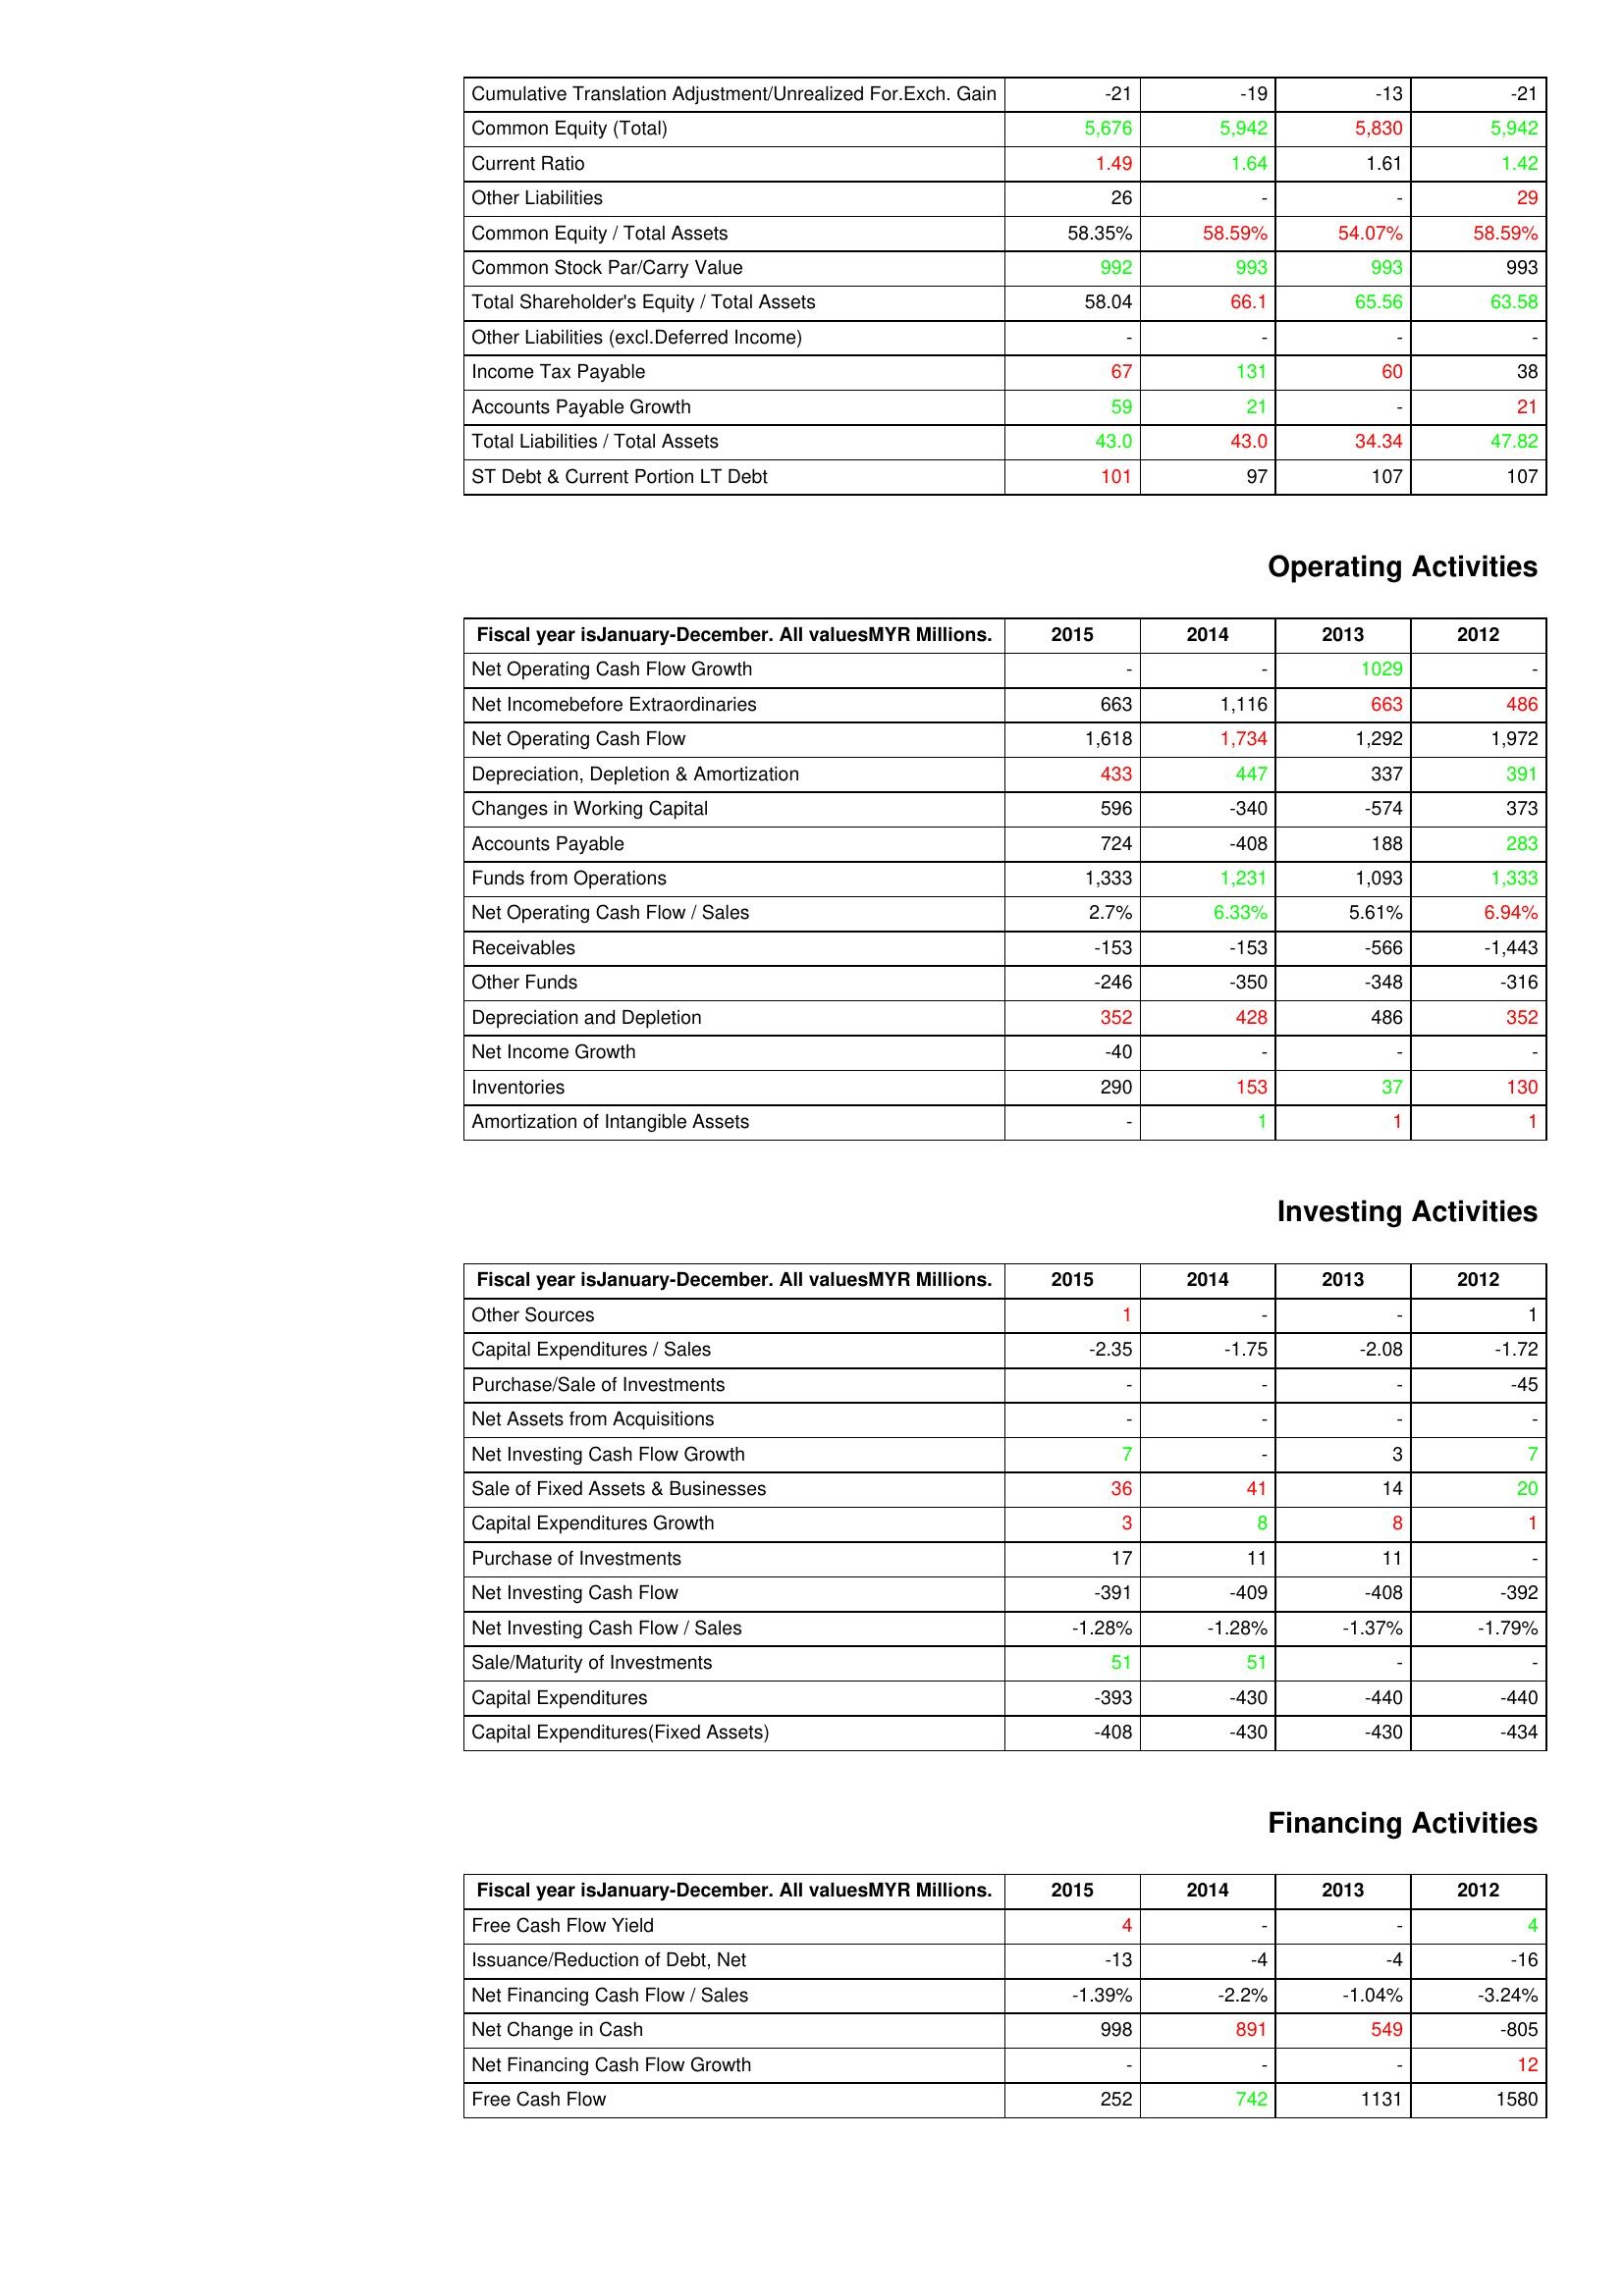
gt_parse: 2015: Liabilities & Shareholder's Equity: Cumulative Translation Adjustment/Unrealized For.Exch. Gain: -21
Common Equity (Total): 5,676
Current Ratio: 1.49
Other Liabilities: 26
Common Equity / Total Assets: 58.35%
Common Stock Par/Carry Value: 992
Total Shareholder's Equity / Total Assets: 58.04
Other Liabilities (excl.Deferred Income): -
Income Tax Payable: 67
Accounts Payable Growth: 59
Total Liabilities / Total Assets: 43.0
ST Debt & Current Portion LT Debt: 101
Operating Activities: Net Operating Cash Flow Growth: -
Net Incomebefore Extraordinaries: 663
Net Operating Cash Flow: 1,618
Depreciation, Depletion & Amortization: 433
Changes in Working Capital: 596
Accounts Payable: 724
Funds from Operations: 1,333
Net Operating Cash Flow / Sales: 2.7%
Receivables: -153
Other Funds: -246
Depreciation and Depletion: 352
Net Income Growth: -40
Inventories: 290
Amortization of Intangible Assets: -
Investing Activities: Other Sources: 1
Capital Expenditures / Sales: -2.35
Purchase/Sale of Investments: -
Net Assets from Acquisitions: -
Net Investing Cash Flow Growth: 7
Sale of Fixed Assets & Businesses: 36
Capital Expenditures Growth: 3
Purchase of Investments: 17
Net Investing Cash Flow: -391
Net Investing Cash Flow / Sales: -1.28%
Sale/Maturity of Investments: 51
Capital Expenditures: -393
Capital Expenditures(Fixed Assets): -408
Financing Activities: Free Cash Flow Yield: 4
Issuance/Reduction of Debt, Net: -13
Net Financing Cash Flow / Sales: -1.39%
Net Change in Cash: 998
Net Financing Cash Flow Growth: -
Free Cash Flow: 252
2014: Liabilities & Shareholder's Equity: Cumulative Translation Adjustment/Unrealized For.Exch. Gain: -19
Common Equity (Total): 5,942
Current Ratio: 1.64
Other Liabilities: -
Common Equity / Total Assets: 58.59%
Common Stock Par/Carry Value: 993
Total Shareholder's Equity / Total Assets: 66.1
Other Liabilities (excl.Deferred Income): -
Income Tax Payable: 131
Accounts Payable Growth: 21
Total Liabilities / Total Assets: 43.0
ST Debt & Current Portion LT Debt: 97
Operating Activities: Net Operating Cash Flow Growth: -
Net Incomebefore Extraordinaries: 1,116
Net Operating Cash Flow: 1,734
Depreciation, Depletion & Amortization: 447
Changes in Working Capital: -340
Accounts Payable: -408
Funds from Operations: 1,231
Net Operating Cash Flow / Sales: 6.33%
Receivables: -153
Other Funds: -350
Depreciation and Depletion: 428
Net Income Growth: -
Inventories: 153
Amortization of Intangible Assets: 1
Investing Activities: Other Sources: -
Capital Expenditures / Sales: -1.75
Purchase/Sale of Investments: -
Net Assets from Acquisitions: -
Net Investing Cash Flow Growth: -
Sale of Fixed Assets & Businesses: 41
Capital Expenditures Growth: 8
Purchase of Investments: 11
Net Investing Cash Flow: -409
Net Investing Cash Flow / Sales: -1.28%
Sale/Maturity of Investments: 51
Capital Expenditures: -430
Capital Expenditures(Fixed Assets): -430
Financing Activities: Free Cash Flow Yield: -
Issuance/Reduction of Debt, Net: -4
Net Financing Cash Flow / Sales: -2.2%
Net Change in Cash: 891
Net Financing Cash Flow Growth: -
Free Cash Flow: 742
2013: Liabilities & Shareholder's Equity: Cumulative Translation Adjustment/Unrealized For.Exch. Gain: -13
Common Equity (Total): 5,830
Current Ratio: 1.61
Other Liabilities: -
Common Equity / Total Assets: 54.07%
Common Stock Par/Carry Value: 993
Total Shareholder's Equity / Total Assets: 65.56
Other Liabilities (excl.Deferred Income): -
Income Tax Payable: 60
Accounts Payable Growth: -
Total Liabilities / Total Assets: 34.34
ST Debt & Current Portion LT Debt: 107
Operating Activities: Net Operating Cash Flow Growth: 1029
Net Incomebefore Extraordinaries: 663
Net Operating Cash Flow: 1,292
Depreciation, Depletion & Amortization: 337
Changes in Working Capital: -574
Accounts Payable: 188
Funds from Operations: 1,093
Net Operating Cash Flow / Sales: 5.61%
Receivables: -566
Other Funds: -348
Depreciation and Depletion: 486
Net Income Growth: -
Inventories: 37
Amortization of Intangible Assets: 1
Investing Activities: Other Sources: -
Capital Expenditures / Sales: -2.08
Purchase/Sale of Investments: -
Net Assets from Acquisitions: -
Net Investing Cash Flow Growth: 3
Sale of Fixed Assets & Businesses: 14
Capital Expenditures Growth: 8
Purchase of Investments: 11
Net Investing Cash Flow: -408
Net Investing Cash Flow / Sales: -1.37%
Sale/Maturity of Investments: -
Capital Expenditures: -440
Capital Expenditures(Fixed Assets): -430
Financing Activities: Free Cash Flow Yield: -
Issuance/Reduction of Debt, Net: -4
Net Financing Cash Flow / Sales: -1.04%
Net Change in Cash: 549
Net Financing Cash Flow Growth: -
Free Cash Flow: 1131
2012: Liabilities & Shareholder's Equity: Cumulative Translation Adjustment/Unrealized For.Exch. Gain: -21
Common Equity (Total): 5,942
Current Ratio: 1.42
Other Liabilities: 29
Common Equity / Total Assets: 58.59%
Common Stock Par/Carry Value: 993
Total Shareholder's Equity / Total Assets: 63.58
Other Liabilities (excl.Deferred Income): -
Income Tax Payable: 38
Accounts Payable Growth: 21
Total Liabilities / Total Assets: 47.82
ST Debt & Current Portion LT Debt: 107
Operating Activities: Net Operating Cash Flow Growth: -
Net Incomebefore Extraordinaries: 486
Net Operating Cash Flow: 1,972
Depreciation, Depletion & Amortization: 391
Changes in Working Capital: 373
Accounts Payable: 283
Funds from Operations: 1,333
Net Operating Cash Flow / Sales: 6.94%
Receivables: -1,443
Other Funds: -316
Depreciation and Depletion: 352
Net Income Growth: -
Inventories: 130
Amortization of Intangible Assets: 1
Investing Activities: Other Sources: 1
Capital Expenditures / Sales: -1.72
Purchase/Sale of Investments: -45
Net Assets from Acquisitions: -
Net Investing Cash Flow Growth: 7
Sale of Fixed Assets & Businesses: 20
Capital Expenditures Growth: 1
Purchase of Investments: -
Net Investing Cash Flow: -392
Net Investing Cash Flow / Sales: -1.79%
Sale/Maturity of Investments: -
Capital Expenditures: -440
Capital Expenditures(Fixed Assets): -434
Financing Activities: Free Cash Flow Yield: 4
Issuance/Reduction of Debt, Net: -16
Net Financing Cash Flow / Sales: -3.24%
Net Change in Cash: -805
Net Financing Cash Flow Growth: 12
Free Cash Flow: 1580